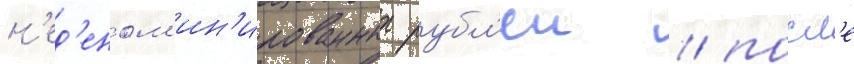
н'ед'еном'ин'ированных рубл'еи / посл'е